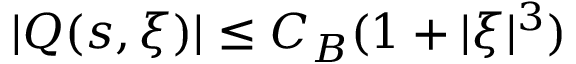
| Q ( s , \xi ) | \leq C _ { B } ( 1 + | \xi | ^ { 3 } )